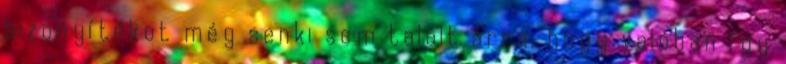
bizonyítékot még senki sem talált arra, hogy valóban így